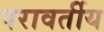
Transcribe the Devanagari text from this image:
परावर्तीय